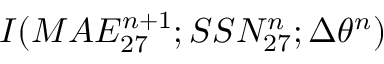
I ( M A E _ { 2 7 } ^ { n + 1 } ; S S N _ { 2 7 } ^ { n } ; \Delta \theta ^ { n } )